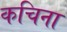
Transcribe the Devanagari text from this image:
कचिना